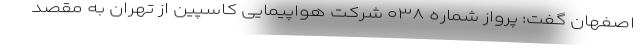
اصفهان گفت: پرواز شماره ۰۳۸ شرکت هواپیمایی کاسپین از تهران به مقصد